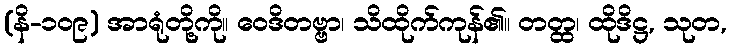
(နိ-၁၀၉) အာရုံတို့ကို။ ဝေဒိတဗ္ဗာ၊ သိထိုက်ကုန်၏။ တတ္ထ၊ ထိုဒိဋ္ဌ, သုတ,